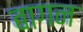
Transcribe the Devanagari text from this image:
बागन